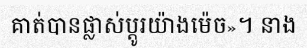
គាត់បានផ្លាស់ប្តូរយ៉ាងម៉េច»។ នាង